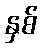
နှစ်